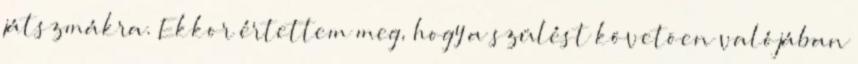
játszmákra. Ekkor értettem meg, hogy a szülést követõen valójában